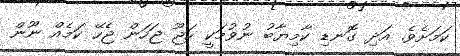
ކަމަށެވެ. އަދި ގޮނޑި ކާމިޔާބު ނުވުމަކީ ހަޖޫ ޖަހަން ޖެހޭ ކަމެއް ނޫން